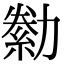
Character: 勬